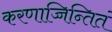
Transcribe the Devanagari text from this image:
करणाच्चिन्तितं